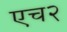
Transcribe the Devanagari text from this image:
एच२